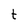
Character: t